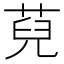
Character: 萖